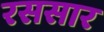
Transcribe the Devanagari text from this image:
रससार